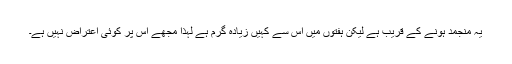
یہ منجمد ہونے کے قریب ہے لیکن ہفتوں میں اس سے کہیں زیادہ گرم ہے لہذا مجھے اس پر کوئی اعتراض نہیں ہے۔